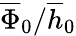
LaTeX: \overline{{\Phi}}_{0}/\overline{{h}}_{0}